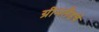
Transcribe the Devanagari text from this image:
ग्रीनलँडचे